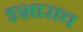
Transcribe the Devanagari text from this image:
इशाराच